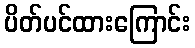
ပိတ်ပင်ထားကြောင်း